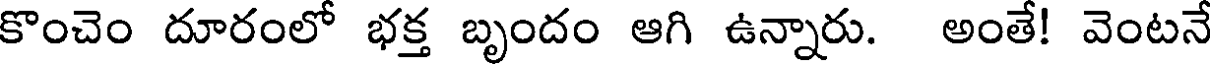
కొంచెం దూరంలో భక్త బృందం ఆగి ఉన్నారు. అంతే! వెంటనే